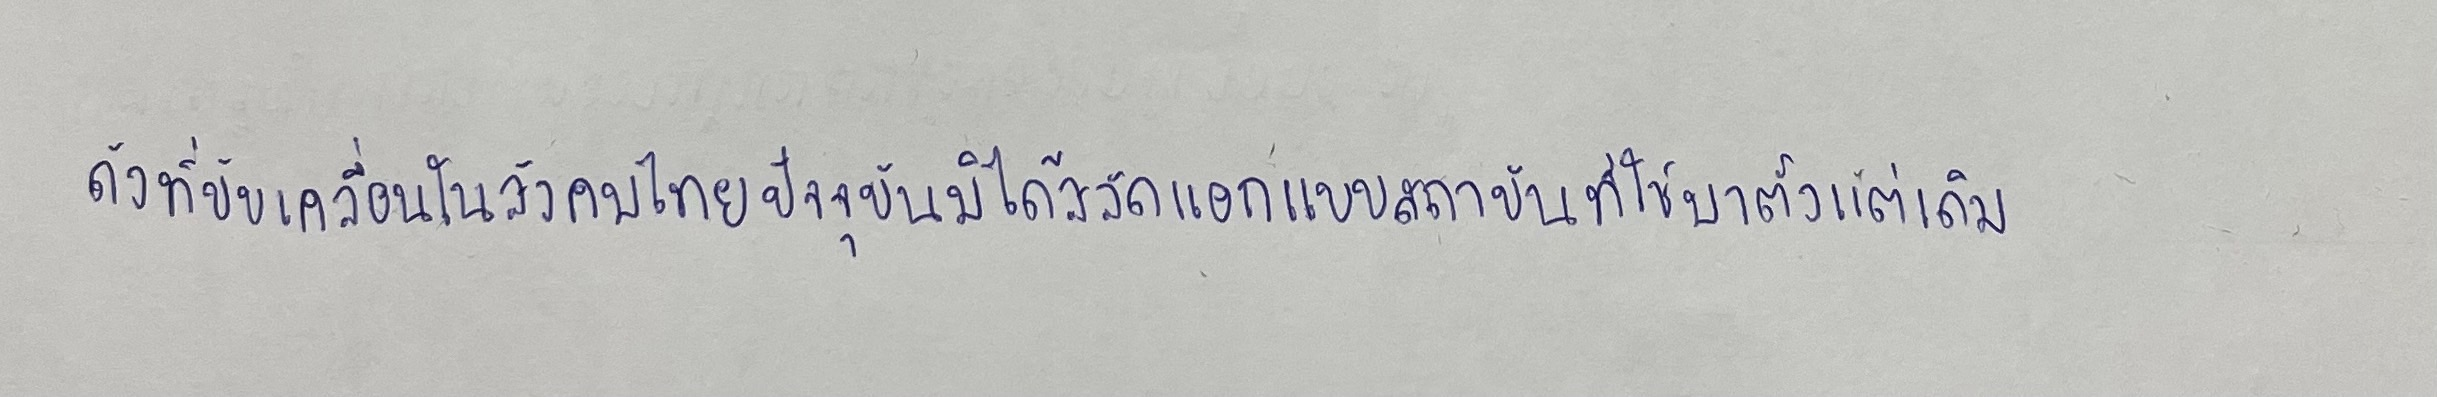
ดังที่ขับเคลื่อนในสังคมไทยปัจจุบันมิได้สลัดแอกแบบสถาบันที่ใช้มาแต่ดั้งเดิม